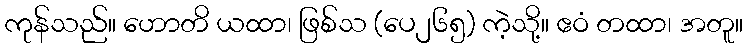
ကုန်သည်။ ဟောတိ ယထာ၊ ဖြစ်သ (ပေ၂၆၅) ကဲ့သို့။ ဧဝံ တထာ၊ အတူ။